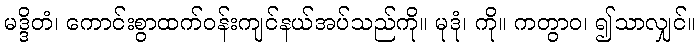
မဒ္ဒိတံ၊ ကောင်းစွာထက်ဝန်းကျင်နယ်အပ်သည်ကို။ မုဒုံ၊ ကို။ ကတွာဝ၊ ၍သာလျှင်။